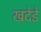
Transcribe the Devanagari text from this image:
खदेडे